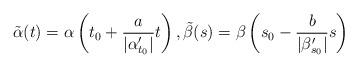
LaTeX: \begin{align*}\tilde\alpha(t)=\alpha\left(t_0+\frac{a}{|\alpha'_{t_0}|}t\right),\tilde \beta(s)=\beta\left(s_0-\frac{b}{|\beta'_{s_0}|}s\right)\end{align*}